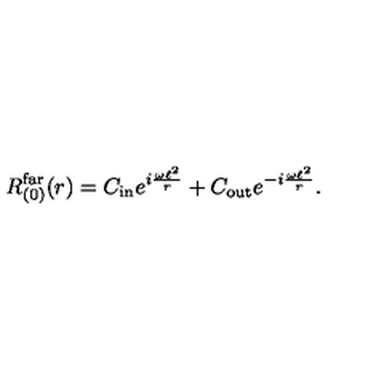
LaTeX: R _ { ( 0 ) } ^ { \mathrm { f a r } } ( r ) = C _ { \mathrm { i n } } e ^ { i \frac { \omega \ell ^ { 2 } } { r } } + C _ { \mathrm { o u t } } e ^ { - i \frac { \omega \ell ^ { 2 } } { r } } .